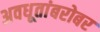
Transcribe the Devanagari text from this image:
अवधूतांबरोबर